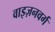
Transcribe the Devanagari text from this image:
वाइज़नवर्ग